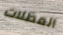
المظلات